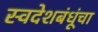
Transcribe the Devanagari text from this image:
स्वदेशबंधूंचा